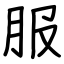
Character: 服